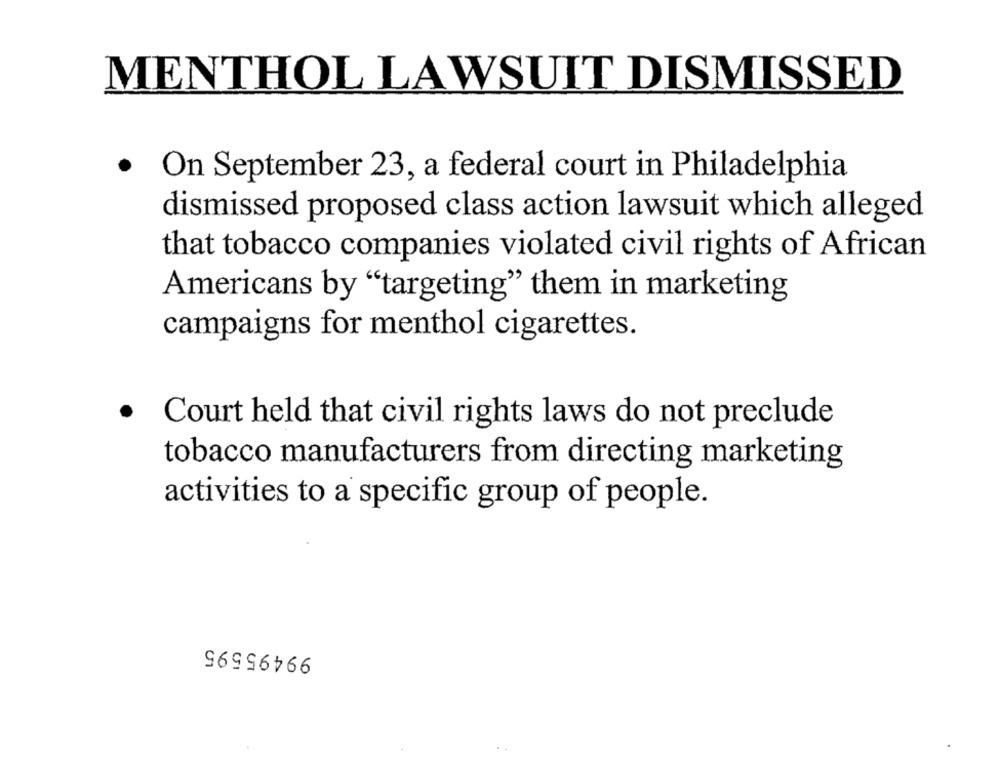
MENTHOL LAWSUIT DISMISSED
.
On September 23, a federal court in Philadelphia
dismissed proposed class action lawsuit which alleged
that tobacco companies violated civil rights of African
Americans by "targeting" them in marketing
campaigns for menthol cigarettes.
·
Court held that civil rights laws do not preclude
tobacco manufacturers from directing marketing
activities to a specific group of people.
99495595